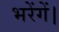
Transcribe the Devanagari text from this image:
भरेंगें।